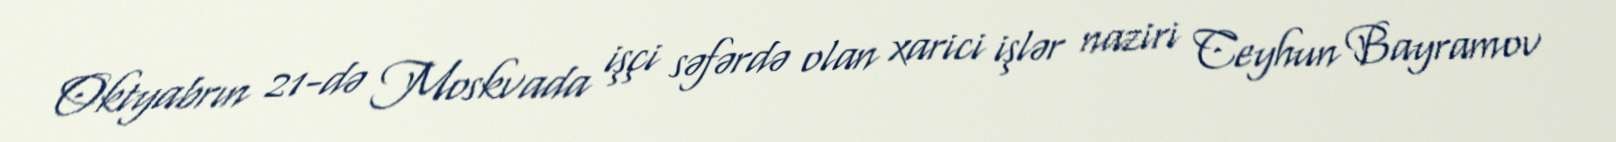
Oktyabrın 21-də Moskvada işçi səfərdə olan xarici işlər naziri Ceyhun Bayramov